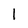
Character: I